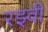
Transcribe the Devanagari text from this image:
रझ्वी